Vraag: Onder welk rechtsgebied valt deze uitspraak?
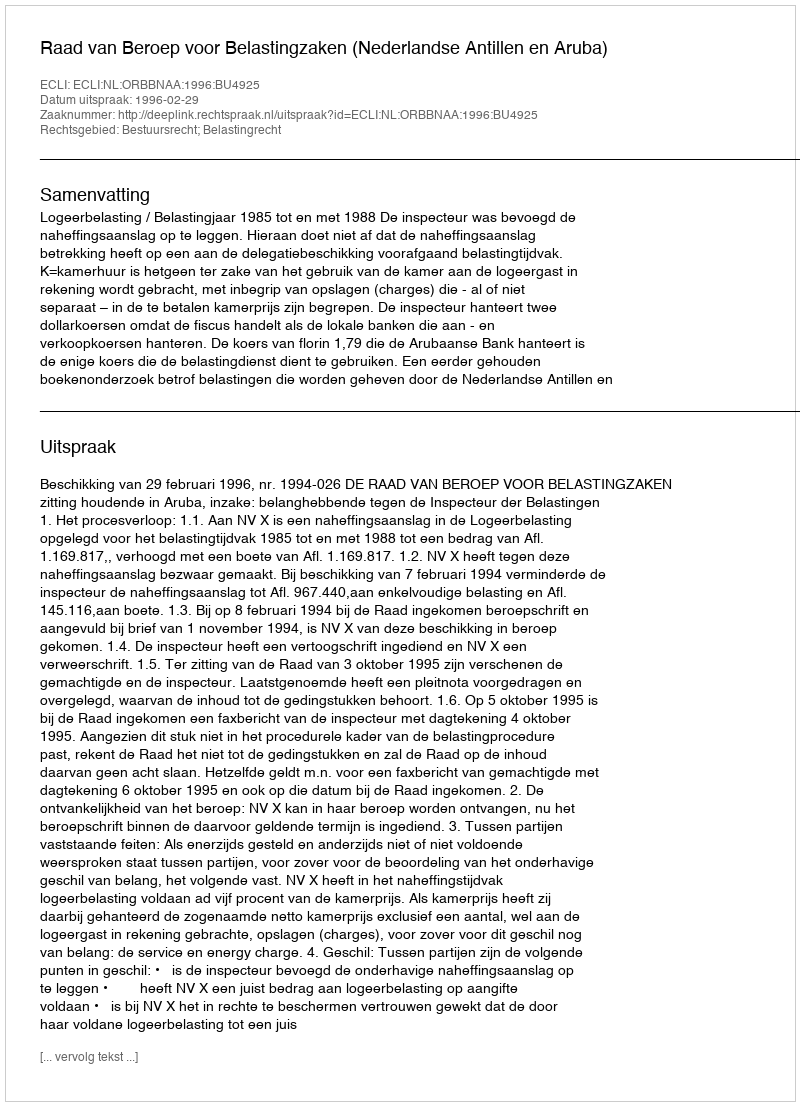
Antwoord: Bestuursrecht; Belastingrecht